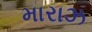
મારાઝ